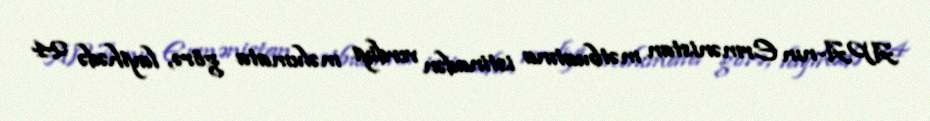
APA-nın Ermənistan mətbuatına istinadən verdiyi məlumata görə, layihədə 24